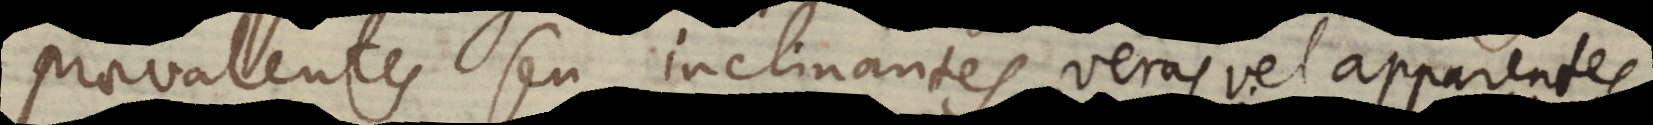
praevalentes seu inclinantes, veras vel apparentes